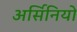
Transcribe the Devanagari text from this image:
अर्सिनियो